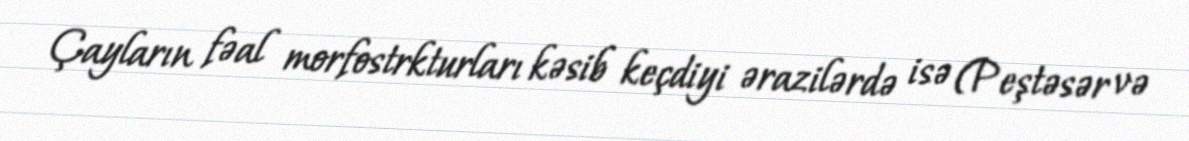
Çayların fəal morfostrkturları kəsib keçdiyi ərazilərdə isə (Peştəsər və